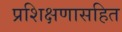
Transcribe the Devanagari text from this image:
प्रशिक्षणासहित